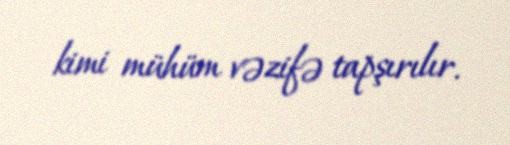
kimi mühüm vəzifə tapşırılır.